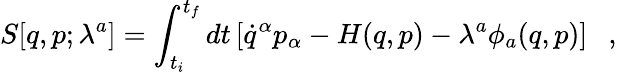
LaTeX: S[q,p;\lambda^{a}]=\int_{t_{i}}^{t_{f}}dt\left[\dot{q}^{\alpha}p_{\alpha}-H(q,p)-\lambda^{a}\phi_{a}(q,p)\right]\ \ \ ,